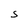
Character: S